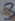
Text: 3